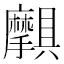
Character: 𫾝